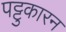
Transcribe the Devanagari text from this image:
पट्टुकारन